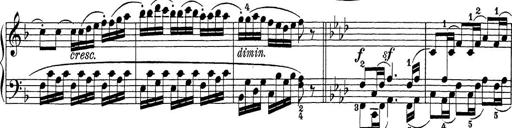
Title: Sonatina Album
Composer: Louis KÃ¶hler